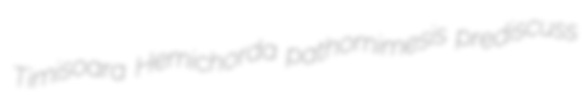
Timisoara Hemichorda pathomimesis prediscuss